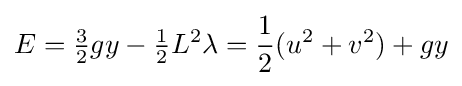
E={\tfrac {3}{2}}gy-{\tfrac {1}{2}}L^{2}\lambda ={\frac {1}{2}}(u^{2}+v^{2})+gy